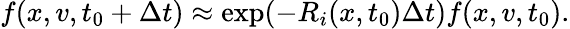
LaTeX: f(x,v,t_{0}+\Delta t)\approx\exp(-R_{i}(x,t_{0})\Delta t)f(x,v,t_{0}).